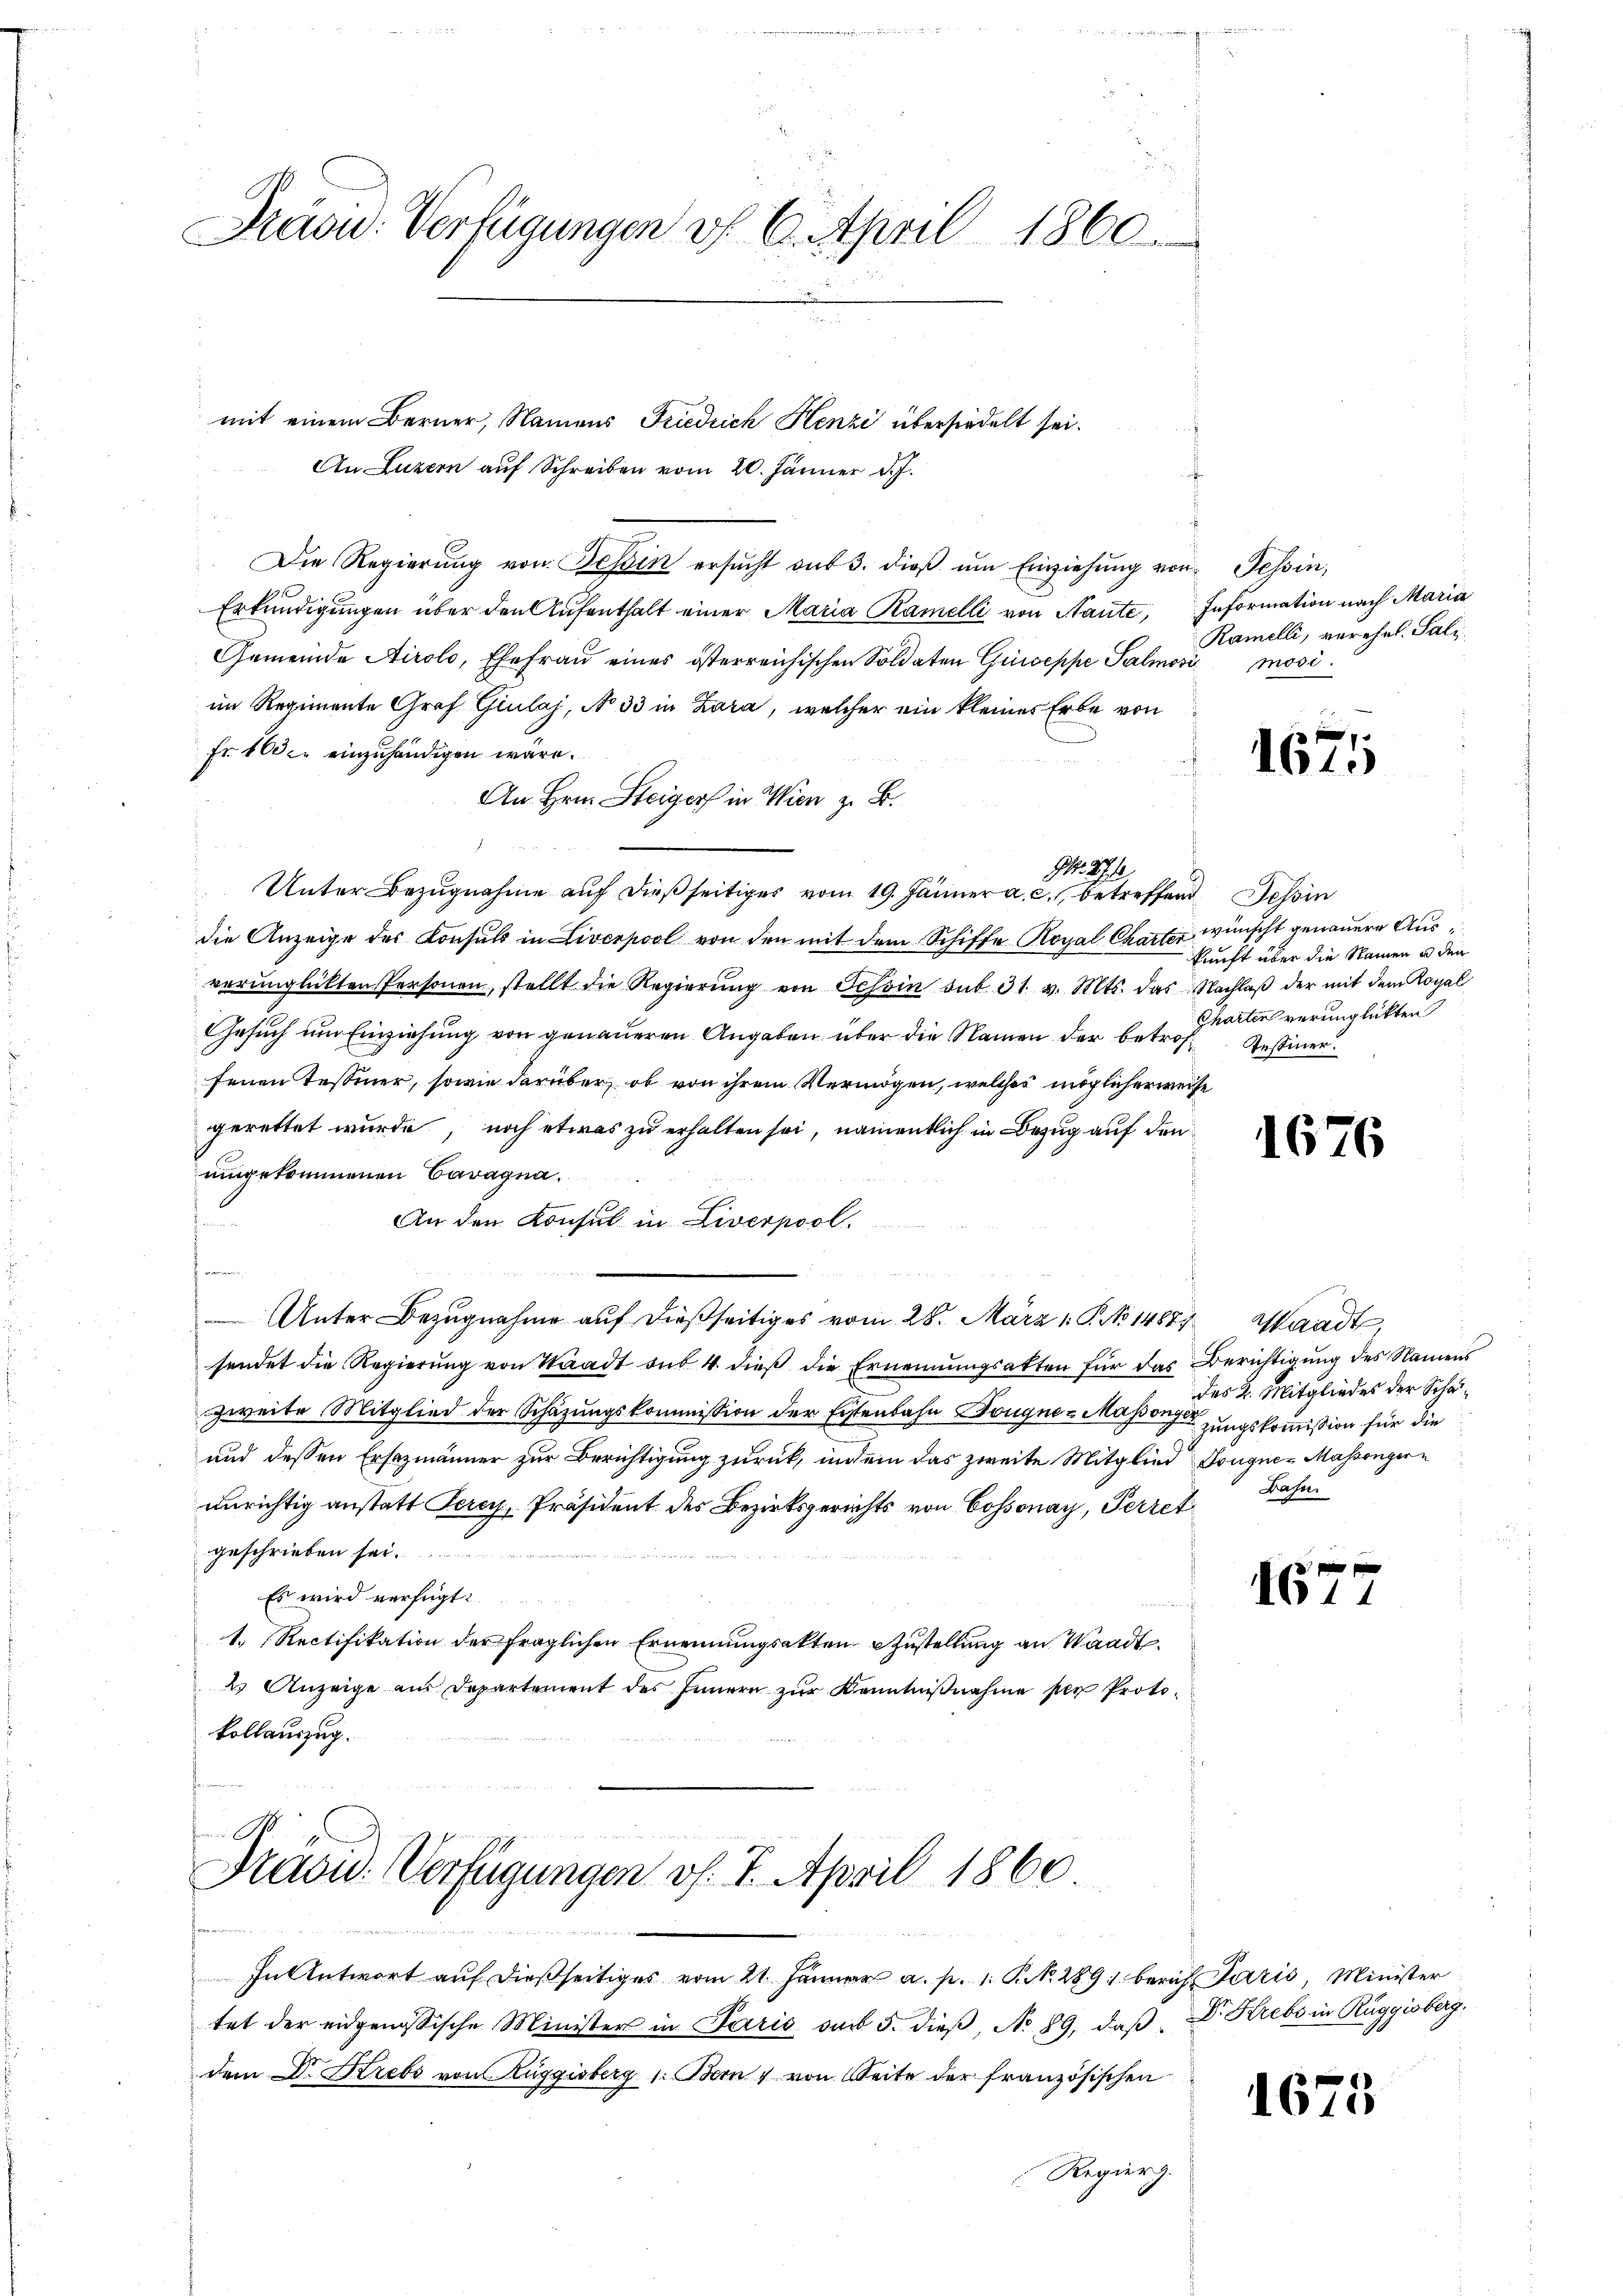
Präsu: Verfügungen v. 6. April 1860.

mit einem Berner, Namens Friedrich Henzi übersiedelt sei.
An Luzern auf Schreiben vom 20. Jänner d. J.
Die Regierŭng von Tessin ersŭcht aus 3. dieβ ŭm Einziehung von Tessin,
Erkundigungen über den Aŭfenthalt einer Maria Ramelli von Saute, Information nach Maria
Gemeinde Airolo, Ehefrau eines österreichischen Soldaten Guseppe Salmosi mosiim Regimente Graf Giulaj, No 33 in Zara, welcher ein kleines Erbe von
Fr. 100 c. einzuhändigen wäre.
An Hrn. Steigers in Wien z. B.
G. 271.
Unter Bezugnahme auf dießseitiges vom 19. Jänner a. c., betreffend Tessin
die Anzeige des Konsuls in Liverpool von den mit dem Schiffe Royal Charter wünscht genauere Ausverunglücktenspersonen, stellt die Regierŭng von Tessin sub 31. v. Mts. das Nachlaβ der mit dem Royal
Gesuch um Einziehung von genaueren Angaben über die Namen der betrof Bestiner
fenen Tessiner, sowie darüber, ob von ihrem Vermögen, welches möglicherweise
gerettet wurde, noch etwas zu erhalten sei, namentlich in Bezug auf den
umgekommenen Cavagna.
f
An den Konsul in Liverpool.
for¬
Unter Bezugnahme auf dießseitiges vom 28. März 1. P. No 1487) Waadt,
sendet die Regierŭng von Waadt sub 4. dieβ die Ernennungsakten für das Berichtigung des Namens
zweite Mitglied der Schazungskommission der Eisenbahn Dougnes Massenger zungskommission für die
und dessen Ersezmänner zur Berichtigung zurück, indem das zweite Mitglied Dougne- Massengern
unrichtig anstatt Perey, Präsident des Bezirksgerichts von Cossonay, Perret
geschrieben sei.
Es wird verfügt:
1. Rectifikation der fraglichen Ernennungsakten Zustellung an Waadt
2) Anzeige am Departement des Innern zur Kenntnißnahme per Protokollauszug.

Fraow. Verfügungen v. 7. April 1860

In Antwort aŭf dießseitiges vom 21. Jänner a. p. 1. Pr. 289 berich Paris, Minister
tet der eidgenössische Minister in Paris am 5. dieβ, No 89, daß Dr. Krebs in Rüggisberg.
dem Dr. Strebs von Rüggisberg 1. Bern & von Seite der französischen
Regierg.

Ramelli, verehel. Pali.

1675

kunft über die Namen u den
Gharten verunglückten

1676

des 2. Mitgliedes der Schal¬
Bahn

16

1673